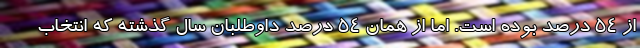
از 54 درصد بوده است. اما از همان 54 درصد داوطلبان سال گذشته که انتخاب